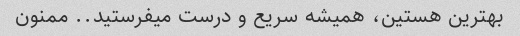
بهترین هستین، همیشه سریع و درست میفرستید.. ممنون